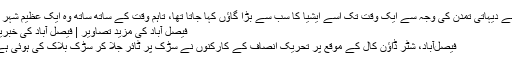
اپنے دیہاتی تمدن کی وجہ سے ایک وقت تک اسے ایشیا کا سب سے بڑا گاؤں کہا جاتا تھا، تاہم وقت کے ساتھ ساتھ وہ ایک عظیم شہر ..
فیصل آباد کی مزید تصاویر | فیصل آباد کی خبریں
فیصل‌آباد، شٹر ڈاؤن کال کے موقع پر تحریک انصاف کے کارکنوں نے سڑک پر ٹائر جلا کر سڑک بلاک کی ہوئی ہے۔